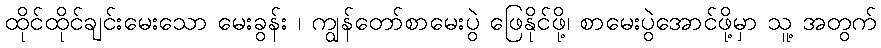
ထိုင်ထိုင်ချင်းမေးသော မေးခွန်း ၊ ကျွန်တော်စာမေးပွဲ ဖြေနိုင်ဖို့၊ စာမေးပွဲအောင်ဖို့မှာ သူ့ အတွက်